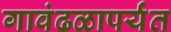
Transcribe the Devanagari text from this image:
गावंढळापर्यंत